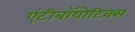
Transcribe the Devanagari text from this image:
एंटीबॉयोटिक्स